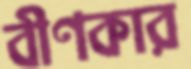
বীণকার